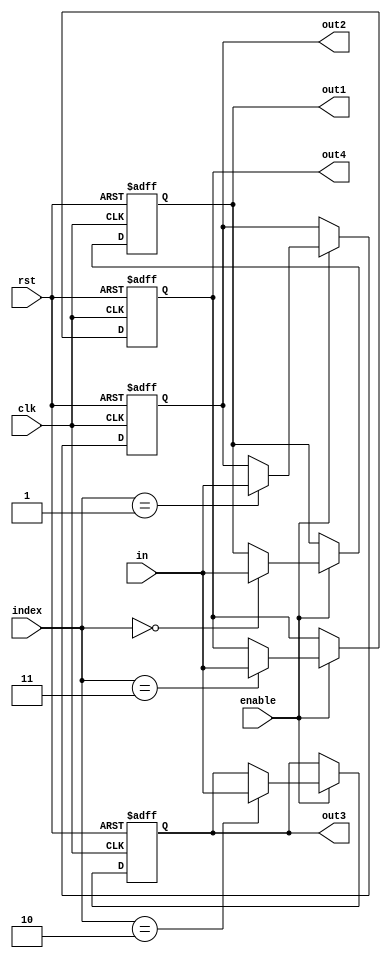
module column_reg_file2 (
    output   reg    [7:0]   out1, out2, out3, out4,
    input    wire   [7:0]   in,
    input    wire   [1:0]   index,
    input    wire           enable,
    input    wire           clk,
    input    wire           rst
);

integer  i;

localparam COLUMN1 = 2'b00,
           COLUMN2 = 2'b01,
           COLUMN3 = 2'b10,
           COLUMN4 = 2'b11;

reg   [7:0]    RAM    [0:3];

always @(posedge clk or negedge rst)
    begin
        if(!rst)
            begin
                for (i = 0; i < 4; i = i + 1)
                    RAM[i] <= 8'b0;
            end
        else if(enable)
            begin
                RAM[index] <= in;
            end
    end
    always @(*)
        begin
          out1 = RAM[0];
          out2 = RAM[1];
          out3 = RAM[2];
          out4 = RAM[3];
        end

endmodule